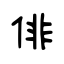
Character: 俳